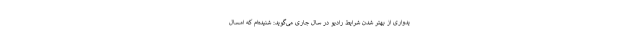
یدواری از بهتر شدن شرایط رادیو در سال جاری می‌گوید: شنیده‌ام که امسال